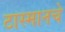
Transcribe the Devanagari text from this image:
टास्मानचे